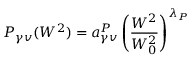
P _ { \gamma v } ( W ^ { 2 } ) = a _ { \gamma v } ^ { P } \left( { \frac { W ^ { 2 } } { W _ { 0 } ^ { 2 } } } \right) ^ { \lambda _ { P } }